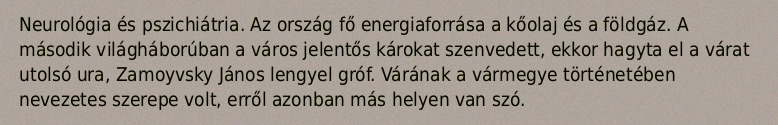
Neurológia és pszichiátria. Az ország fő energiaforrása a kőolaj és a földgáz. A második világháborúban a város jelentős károkat szenvedett, ekkor hagyta el a várat utolsó ura, Zamoyvsky János lengyel gróf. Várának a vármegye történetében nevezetes szerepe volt, erről azonban más helyen van szó.